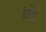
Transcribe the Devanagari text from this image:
।वे